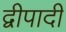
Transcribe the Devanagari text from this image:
द्वीपादी